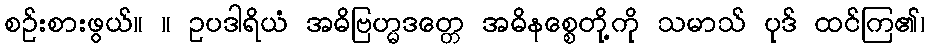
စဉ်းစားဖွယ်။ ။ ဥပဒါရိယံ အဓိဗြဟ္မဒတ္တေ အဓိနစ္စေတို့ကို သမာသ် ပုဒ် ထင်ကြ၏၊